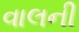
વાલની